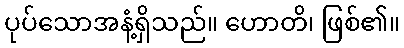
ပုပ်သောအနံ့ရှိသည်။ ဟောတိ၊ ဖြစ်၏။